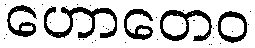
ဟောတေဝ